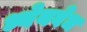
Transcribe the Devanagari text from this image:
ध्येयवेध